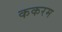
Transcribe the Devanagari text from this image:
ककरम